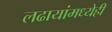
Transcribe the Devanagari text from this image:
लढायांमध्येही